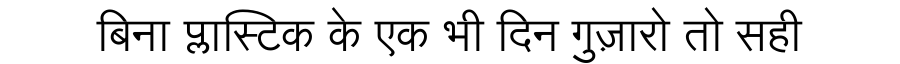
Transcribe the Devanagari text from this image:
बिना प्लास्टिक के एक भी दिन गुज़ारो तो सही